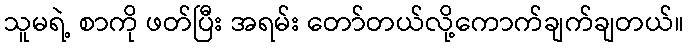
သူမရဲ့ စာကို ဖတ်ပြီး အရမ်း တော်တယ်လို့ကောက်ချက်ချတယ်။